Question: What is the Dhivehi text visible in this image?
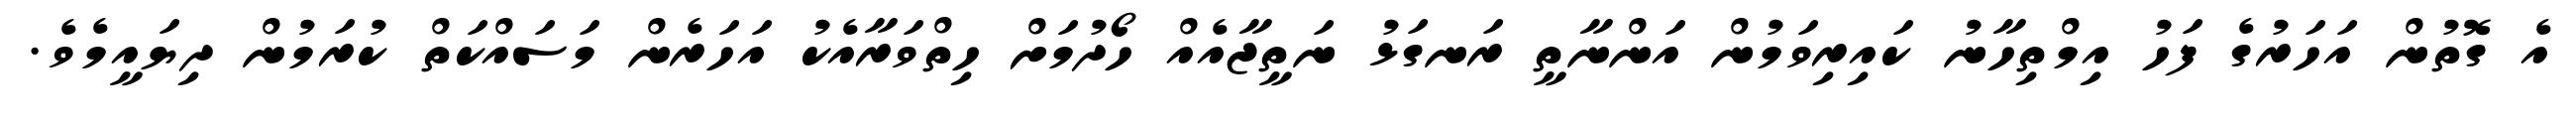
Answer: އެ ގޮތުން އަހަރުގެ ފަހު އިމްތިހާނު ކައިރިވަމުން އަންނާތީ ރަނގަޅު ނަތީޖާއެއް ހޯދުމަށް ހިތްވަރާއެކު އަހަރެން މަސައްކަތް ކުރަމުން ދިޔައީމެވެ.